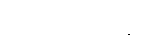
ဘူတပုဗ္ဗံ ဘိက္ခဝေ၊